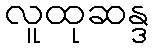
လူထုဆန္ဒ